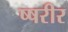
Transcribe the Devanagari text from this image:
ष्षरीर